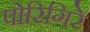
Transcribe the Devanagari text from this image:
पोरिगिरे